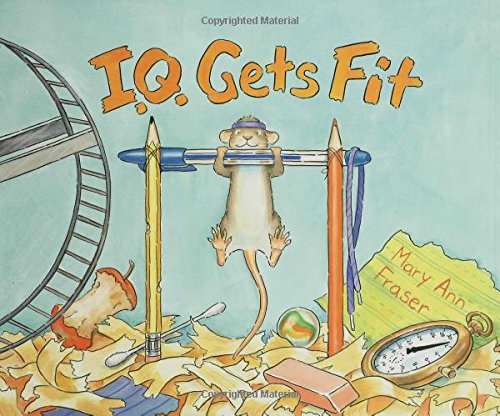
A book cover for I.Q. Gets Fit (An I.Q book); Mary Ann Fraser; Health, Fitness & Dieting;